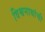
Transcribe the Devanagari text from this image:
विश्वनाथांची